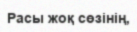
Расы жоқ сөзінің,